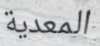
المعدية